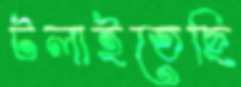
টলাইতেছি